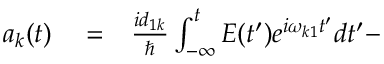
\begin{array} { r l r } { a _ { k } ( t ) } & { { } = } & { \frac { i d _ { 1 k } } { \hbar } \int _ { - \infty } ^ { t } E ( t ^ { \prime } ) e ^ { i \omega _ { k 1 } t ^ { \prime } } d t ^ { \prime } - } \end{array}